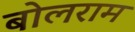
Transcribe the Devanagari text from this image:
बोलराम